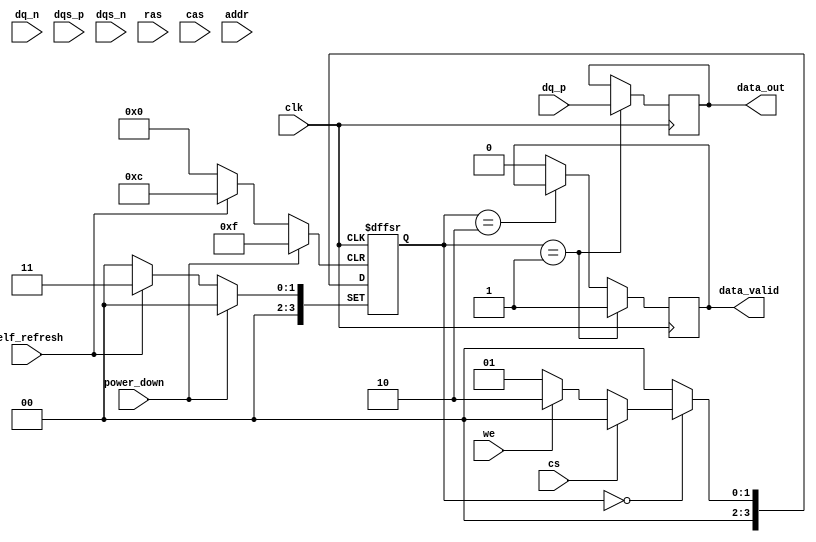
module lpddr_io_block (
    // Differential Data Signals
    input  wire [15:0] dq_p,      // Positive differential data lines
    input  wire [15:0] dq_n,      // Negative differential data lines
    input  wire        dqs_p,      // Positive differential strobe
    input  wire        dqs_n,      // Negative differential strobe

    // Control Signals
    input  wire        cs,         // Chip Select
    input  wire        ras,        // Row Address Strobe
    input  wire        cas,        // Column Address Strobe
    input  wire        we,         // Write Enable
    input  wire [15:0] addr,       // Address lines

    // Power Management
    input  wire        self_refresh, // Self-refresh mode
    input  wire        power_down,   // Power down mode

    // Output Data
    output reg [15:0] data_out,     // Data output
    output reg        data_valid,    // Data valid signal

    // Clock
    input  wire        clk           // System clock
);

    // Internal signals
    reg [15:0] data_in;              // Data input buffer
    reg [3:0] state;                 // State machine state
    reg [3:0] next_state;            // Next state for state machine

    // State encoding
    localparam IDLE       = 4'b0000;
    localparam READ       = 4'b0001;
    localparam WRITE      = 4'b0010;
    localparam REFRESH    = 4'b0011;

    // State machine for read/write operations
    always @(posedge clk or posedge self_refresh or posedge power_down) begin
        if (self_refresh) begin
            state <= REFRESH;
        end else if (power_down) begin
            state <= IDLE;
        end else begin
            state <= next_state;
        end
    end

    // Next state logic
    always @(*) begin
        case (state)
            IDLE: begin
                if (!cs) begin
                    if (we) begin
                        next_state = WRITE;
                    end else begin
                        next_state = READ;
                    end
                end else begin
                    next_state = IDLE;
                end
            end
            READ: begin
                next_state = IDLE; // Return to IDLE after read
            end
            WRITE: begin
                next_state = IDLE; // Return to IDLE after write
            end
            REFRESH: begin
                next_state = IDLE; // Return to IDLE after refresh
            end
            default: next_state = IDLE;
        endcase
    end

    // Data transfer logic
    always @(posedge clk) begin
        if (state == READ) begin
            // Simulate reading data from DQ lines
            data_out <= {dq_p[15:0]}; // Example: Read from positive DQ lines
            data_valid <= 1'b1; // Indicate data is valid
        end else if (state == WRITE) begin
            // Simulate writing data to DQ lines
            data_in <= data_out; // Example: Write data to internal buffer
            // Here you would typically drive dq_p and dq_n based on data_in
        end else begin
            data_valid <= 1'b0; // Data not valid in other states
        end
    end

    // Additional logic for power management, termination, and ECC can be added here

endmodule